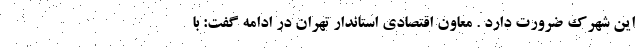
این شهرک ضرورت دارد . معاون اقتصادی استاندار تهران در ادامه گفت: با